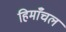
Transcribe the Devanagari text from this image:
हिमाँचल